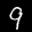
Label: 9